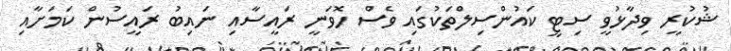
ޝުކުރީ ވިދާޅުވީ ސިޓީ ކައުންސިލްތަކުގައި ވެސް ހޮވަނީ ރައީސާއި ނައިބު ރައީސުން ކަމަށާއި